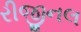
રીજીનલ